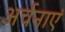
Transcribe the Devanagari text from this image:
अर्चनाएं